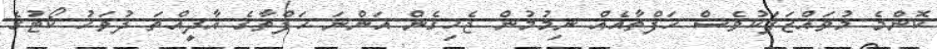
ކޮންމެ މުވައްޒަފަކުވެސް ހަފްތާއެއް ނިމުމުން ޖެހިގެން އަންނަ ހަފްތާގެ އާދީއްތަ ދުވަހު ކޯޓުގެ